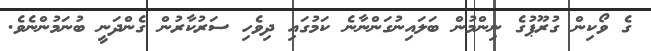
ގެ ވޯކިން ގުރޫޕުގެ ނިންމުން ބަލައިނުގަންނާނެ ކަމުގައި ދިވެހި ސަރުކާރުން ގެންދަނީ ބުނަމުންނެވެ.